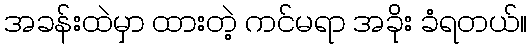
အခန်းထဲမှာ ထားတဲ့ ကင်မရာ အခိုး ခံရတယ်။